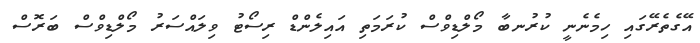
އޭގެތެރޭގައި ހިމެނެނީ ކުރުނބާ މޯލްޑިވްސް ކުރަމަތި އައިލެންޑް ރިސޯޓު ވިލައްސަރު މޯލްޑިވްސް ބަރޮސް